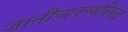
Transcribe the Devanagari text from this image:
जातीव्यवस्थेविरुद्ध